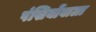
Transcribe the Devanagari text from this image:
पंखियोंवाला